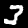
Digit: 3